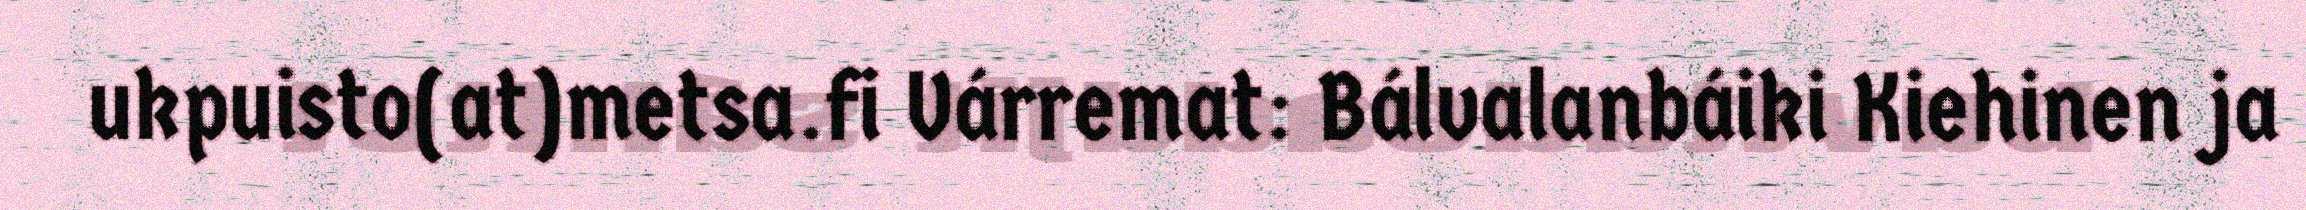
ukpuisto(at)metsa.fi Várremat: Bálvalanbáiki Kiehinen ja